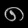
Digit: ၈